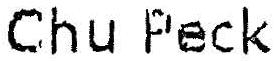
CHU PECK